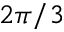
2 \pi / 3